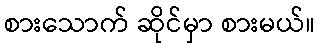
စားသောက် ဆိုင်မှာ စားမယ်။